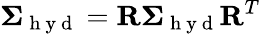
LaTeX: \mathbf{\Sigma}_{\mathrm{~h~y~d~}}=\mathbf{R}\mathbf{\Sigma}_{\mathrm{~h~y~d~}}\mathbf{R}^{T}